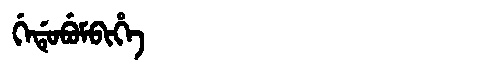
Manchu: ᡤᡝᡩᡠᠪᡠᠮᠪᡳᡥᡝ
Romanization: GEDUBUMBIHE